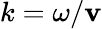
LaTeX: k=\omega/\mathbf{v}